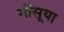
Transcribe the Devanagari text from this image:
गोंसूया